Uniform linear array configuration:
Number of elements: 64
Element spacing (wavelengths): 1
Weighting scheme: hann
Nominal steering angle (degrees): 15
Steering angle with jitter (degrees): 15.724
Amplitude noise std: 0.05
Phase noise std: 0.05

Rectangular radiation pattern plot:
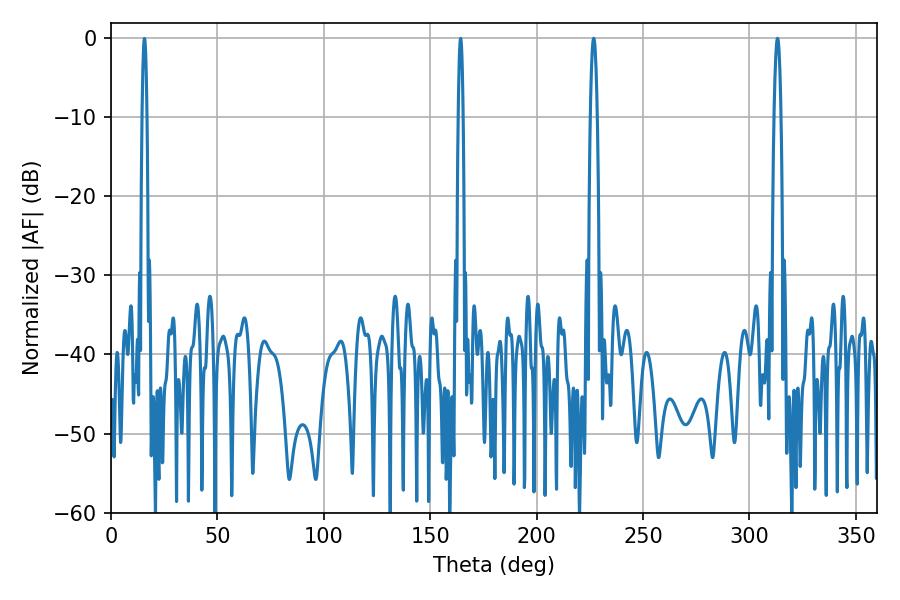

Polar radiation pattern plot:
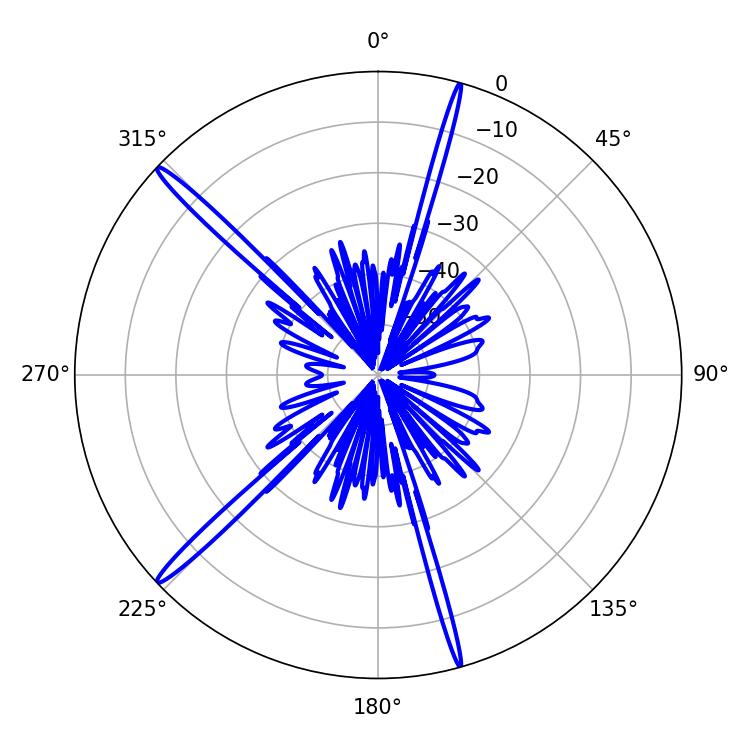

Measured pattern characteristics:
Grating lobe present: TRUE
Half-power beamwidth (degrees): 1.8
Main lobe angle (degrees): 226.8